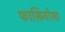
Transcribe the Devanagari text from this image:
फासिनोसा